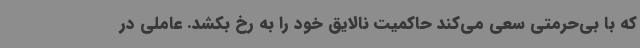
که با بی‌حرمتی سعی می‌کند حاکمیت نالایق خود را به رخ بکشد. عاملی در